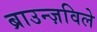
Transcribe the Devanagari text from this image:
ब्राउन्ज़विले